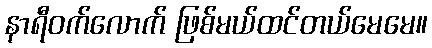
နာရီဝက်လောက် ဖြစ်မယ်ထင်တယ်မေမေ။